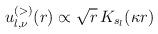
LaTeX: \begin{align*}u^{(>)}_{l,\nu} (r) \propto \sqrt{r}\, K_{s_{l}}(\kappa r)\;\end{align*}